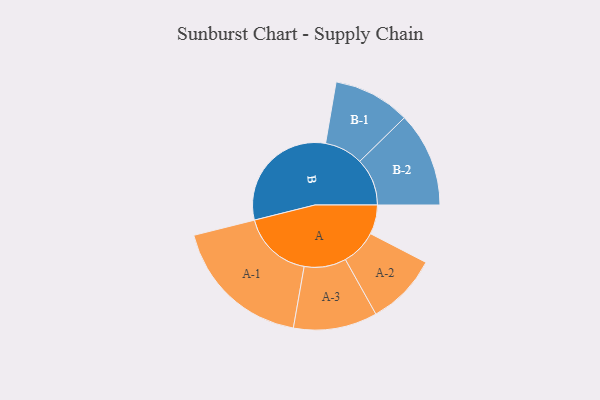
{"axis": {"x": "Segment", "y": "Value"}, "legend": ["", "A", "B"], "data": [{"x": "A", "y": 111, "type": ""}, {"x": "B", "y": 462, "type": ""}, {"x": "A-1", "y": 268, "type": "A"}, {"x": "A-2", "y": 136, "type": "A"}, {"x": "A-3", "y": 159, "type": "A"}, {"x": "B-1", "y": 146, "type": "B"}, {"x": "B-2", "y": 180, "type": "B"}]}